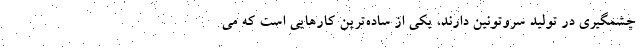
چشمگیری در تولید سروتونین دارند، یکی از ساده‌ترین کارهایی است که می